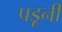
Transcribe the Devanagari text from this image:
पडूनी